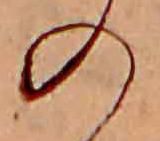
の